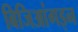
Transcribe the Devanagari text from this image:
बिजिआंगइन